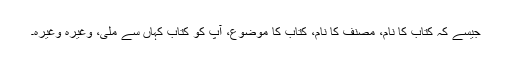
جیسے کہ کتاب کا نام، مصنف کا نام، کتاب کا موضوع، آپ کو کتاب کہاں سے ملی، وغیرہ وغیرہ۔